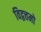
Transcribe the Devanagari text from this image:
विद्वत्तमो